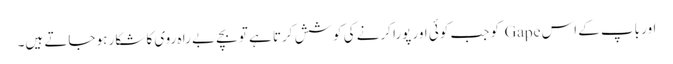
اور باپ کے اس Gape کو جب کوئی اور پورا کرنے کی کوشش کرتا ہے تو بچے بے را ہ روی کا شکار ہو جاتے ہیں۔